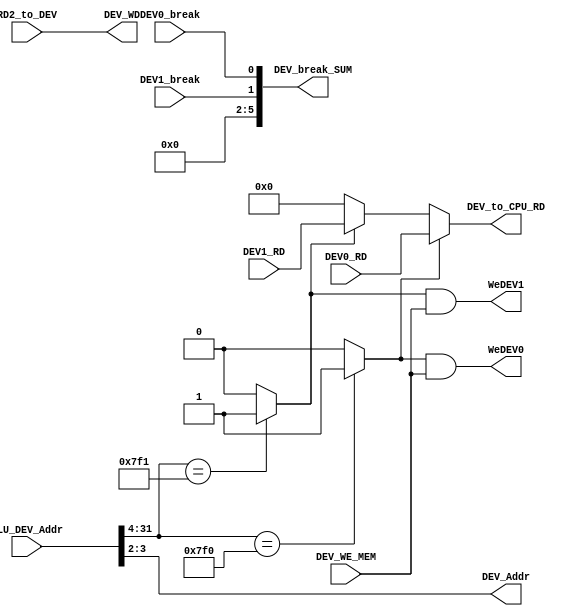
`timescale 1ns / 1ps

module bridge(
	ALU_DEV_Addr, RD2_to_DEV, DEV_WE_MEM, DEV0_RD, DEV1_RD, DEV0_break, DEV1_break, 
	DEV_to_CPU_RD, DEV_break_SUM, DEV_Addr, DEV_WD, WeDEV0, WeDEV1
);
	input [31:0] ALU_DEV_Addr; //PrAddr CPU
	input [31:0] RD2_to_DEV; //PrWD CPU
	input DEV_WE_MEM; //PrWE CPU
	input [31:0] DEV0_RD; // 0
	input [31:0] DEV1_RD; //1
	input DEV0_break; //0
	input DEV1_break; //1
	output [31:0] DEV_to_CPU_RD; //DEV_RD CPU
	output [7:2] DEV_break_SUM; //HWInt[7:2] CPU
	output [3:2] DEV_Addr; //
	output [31:0] DEV_WD; //
	output WeDEV0; //0
	output WeDEV1; //1

	wire Choose_DEV0 = (ALU_DEV_Addr[31:4] == 28'h00007f0) ? 1 : 0; //CPU0
	wire Choose_DEV1 = (ALU_DEV_Addr[31:4] == 28'h00007f1) ? 1 : 0; //CPU1

	assign DEV_Addr = ALU_DEV_Addr[3:2];
	assign DEV_to_CPU_RD = (Choose_DEV0) ? DEV0_RD
						 : (Choose_DEV1) ? DEV1_RD
						 : 32'b0;
	assign DEV_WD = RD2_to_DEV;//CPU
	assign WeDEV0 = Choose_DEV0 & DEV_WE_MEM;
	assign WeDEV1 = Choose_DEV1 & DEV_WE_MEM;
	assign DEV_break_SUM = {4'b0, DEV1_break, DEV0_break}; //000001 0 000010 1 


endmodule